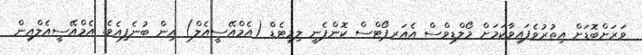
ވަރަށްބޮޑަށް އިތުރުވެފައިވާކަމަށް މޯލްޑިވްސް އެއަރޕޯޓްސް ކޮންޕެނީ ލިމިޓެޑް (އެމްއޭސީއެލް) އިން ބުނެފިއެވެ. އެމްއޭސީއެލްއިން